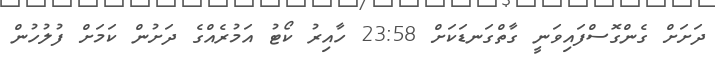
ދަށަށް ގެންގޮސްފައިވަނީ ގާތްގަނޑަކަށް 23:58 ހާއިރު ކޯޓު އަމުރެއްގެ ދަށުން ކަމަށް ފުލުހުން